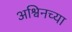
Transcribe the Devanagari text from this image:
अश्विनच्या